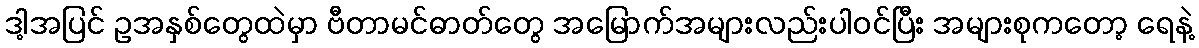
ဒါ့အပြင် ဥအနှစ်တွေထဲမှာ ဗီတာမင်ဓာတ်တွေ အမြောက်အများလည်းပါဝင်ပြီး အများစုကတော့ ရေနဲ့